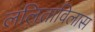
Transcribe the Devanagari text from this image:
ललिताविलास